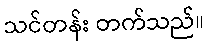
သင်တန်း တက်သည်။